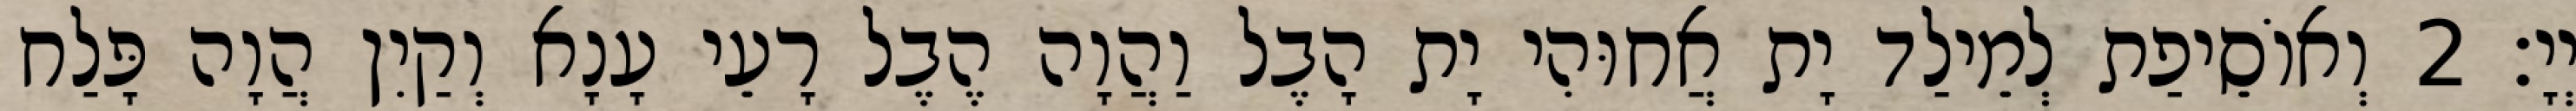
יְיָ׃ 2 וְאוֹסֵיפַת לְמֵילַד יָת אֲחוּהִי יָת הָבֶל וַהֲוָה הֶבֶל רָעֵי עָנָא וְקַיִן הֲוָה פָּלַח